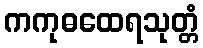
ကကုဓထေရသုတ္တံ